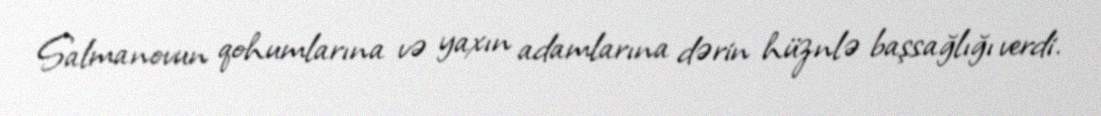
Salmanovun qohumlarına və yaxın adamlarına dərin hüznlə başsağlığı verdi.